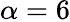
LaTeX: \alpha=6